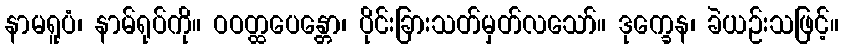
နာမရူပံ၊ နာမ်ရုပ်ကို။ ဝဝတ္ထပေန္တော၊ ပိုင်းခြားသတ်မှတ်လသော်။ ဒုက္ခေန၊ ခဲယဉ်းသဖြင့်။